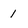
Character: 1